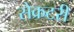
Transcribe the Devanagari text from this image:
सेेक्रटरी